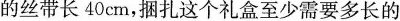
的丝带长40cm，捆扎这个礼盒至少需要多长的